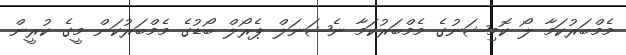
މެމްބަރުކަމާ ލޯ ކޮމިޝަނުގެ މެމްބަރުކަމާ ނެޝަނަލް ޕެރޯލް ބޯޑުގެ މެމްބަރުކަން މީގެ ކުރީން